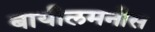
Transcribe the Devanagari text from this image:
बायीलमनीस